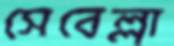
সেবেল্লা